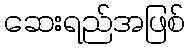
ဆေးရည်အဖြစ်